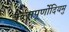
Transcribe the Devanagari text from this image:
कलापूर्णोदियमु